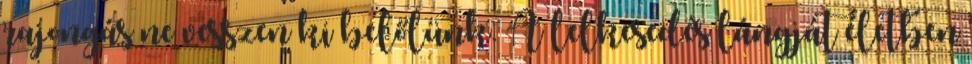
rajongás ne vesszen ki belőlünk. A lelkesedés lángját életben